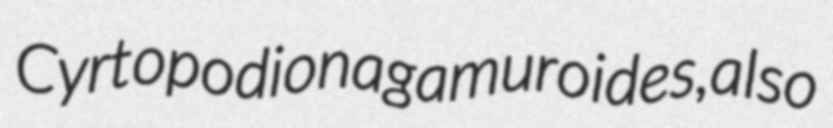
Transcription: Cyrtopodion agamuroides, also